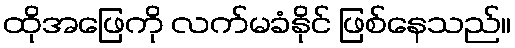
ထိုအဖြေကို လက်မခံနိုင် ဖြစ်နေသည်။